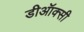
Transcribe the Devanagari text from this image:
डीऑक्सी